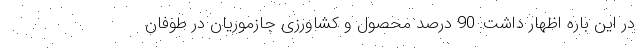
در این باره اظهار داشت: 90 درصد محصول و کشاورزی جازموریان در طوفان